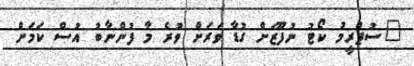
"ސުޕްރީމު ކޯޓު ނުފޫޒަށް ގުޑާ ވަރަށް ވުރެ މާ ފުންނާބު އުސް ކަމަށް